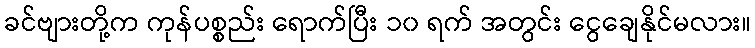
ခင်ဗျားတို့က ကုန်ပစ္စည်း ရောက်ပြီး ၁၀ ရက် အတွင်း ငွေချေနိုင်မလား။